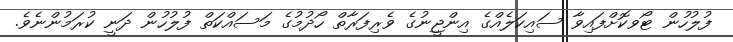
ފުލުހުން ޓޯވކޮށްފައިވާ ސައިކަލެއްގެ އިންޖީނުގެ ވެރިފަރާތް ހޯދުމުގެ މަސައްކަތް ފުލުހުން ދަނީ ކުރަމުންނެވެ.